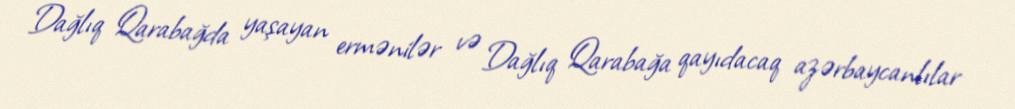
Dağlıq Qarabağda yaşayan ermənilər və Dağlıq Qarabağa qayıdacaq azərbaycanlılar